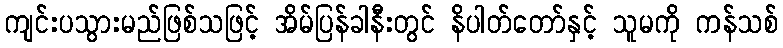
ကျင်းပသွားမည်ဖြစ်သဖြင့် အိမ်ပြန်ခါနီးတွင် နိပါတ်တော်နှင့် သူမကို ကန်သစ်